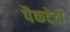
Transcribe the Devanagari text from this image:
पैकटेटा